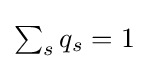
{\textstyle \sum _{s}q_{s}=1}